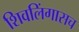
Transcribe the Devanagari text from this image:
शिवलिंगासच